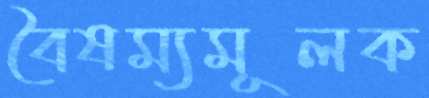
বৈষম্যমূলক